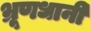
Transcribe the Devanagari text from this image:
भ्रूणधानी